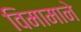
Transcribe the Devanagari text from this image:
विमामाने